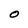
Character: O